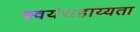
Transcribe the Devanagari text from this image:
स्वयंसहाय्यता